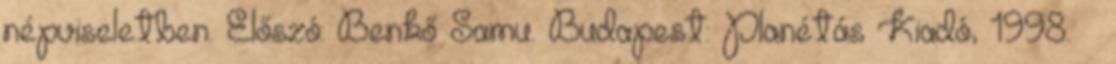
népviseletben. Előszó: Benkő Samu. Budapest: Planétás Kiadó, 1998. –